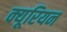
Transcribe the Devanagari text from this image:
क्यूरियन